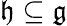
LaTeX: {\mathfrak{h}}\subseteq{\mathfrak{g}}